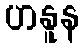
ဟနူန